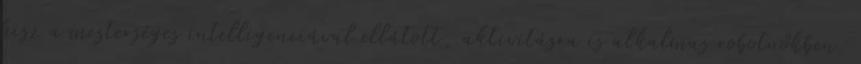
hisz a mesterséges intelligenciával ellátott, aktivitásra is alkalmas robotnőkben.